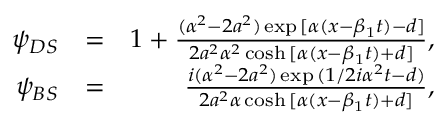
\begin{array} { r l r } { \psi _ { D S } } & { = } & { 1 + \frac { ( \alpha ^ { 2 } - 2 a ^ { 2 } ) \exp { [ \alpha ( x - \beta _ { 1 } t ) - d ] } } { 2 a ^ { 2 } \alpha ^ { 2 } \cosh { [ \alpha ( x - \beta _ { 1 } t ) + d ] } } , } \\ { \psi _ { B S } } & { = } & { \frac { i ( \alpha ^ { 2 } - 2 a ^ { 2 } ) \exp { ( 1 / 2 i \alpha ^ { 2 } t - d ) } } { 2 a ^ { 2 } \alpha \cosh { [ \alpha ( x - \beta _ { 1 } t ) + d ] } } , } \end{array}